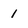
Character: 1